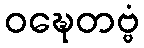
ဝဍ္ဎေတဗ္ဗံ